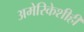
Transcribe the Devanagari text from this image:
अमेरिकेशीही